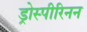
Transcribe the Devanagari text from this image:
ड्रोस्पीरिनन